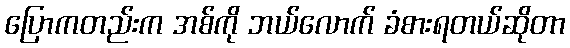
ပြောကတည်းက အစ်ကို ဘယ်လောက် ခံစားရတယ်ဆိုတာ